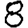
Digit: 8